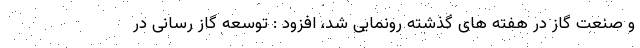
و صنعت گاز در هفته های گذشته رونمایی شد، افزود : توسعه گاز رسانی در